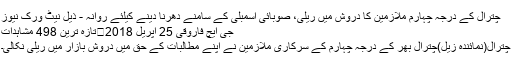
چترال کے درجہ چہارم ملازمین کا دروش میں ریلی، صوبائی اسمبلی کے سامنے دھرنا دینے کیلئے روانہ - ذیل نیٹ ورک نیوز
جی ایچ فاروقی 25 اپریل 2018	تازہ ترین 498 مشاہدات
چترال(نمائندہ زیل)چترال بھر کے درجہ چہارم کے سرکاری ملازمین نے اپنے مطالبات کے حق میں دروش بازار میں ریلی نکالی۔